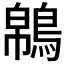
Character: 𪁼